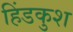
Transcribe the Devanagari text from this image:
हिंडकुश